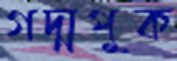
গদ্মপুক